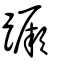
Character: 蹶